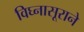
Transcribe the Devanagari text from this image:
विघ्नासूराने